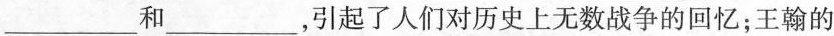
___和___，引起了人们对历史上无数战争的回忆；王翰的